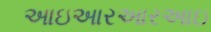
આઇઆરઆરઆઇ